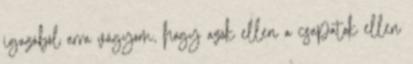
igazából arra vágyom, hogy azok ellen a csapatok ellen